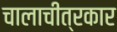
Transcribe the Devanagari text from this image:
चालाचीत्रकार